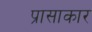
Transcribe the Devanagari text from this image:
प्रासाकार